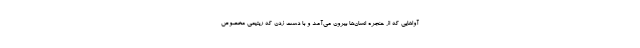
آواهایی که از حنجره انسان‌ها بیرون می‌آمد و با دست زدن که ریتیمی مخصوص